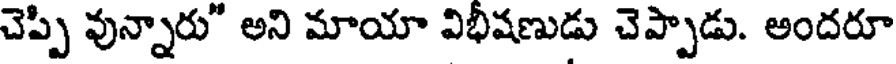
చెప్పి వున్నారు" అని మాయా విభీషణుడు చెప్పాడు. అందరూ